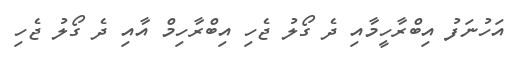
އަހުނަފު އިބްރާހީމާއި ދެ ގޯލު ޖެހި އިބްރާހިމް އާއި ދެ ގޯލު ޖެހި